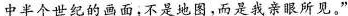
中半个世纪的画面，不是地图，而是我亲眼所见，”